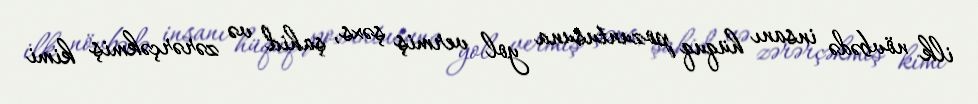
ilk növbədə insanı hüquq pozuntusuna yol vermiş şəxs, şahid və zərərçəkmiş kimi